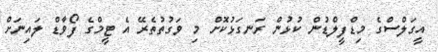
އީގަލްސްގެ މިޑްފީލްޑުން ކުޅުން ރަނގަޅުކޮށް މި ވަގުތުތެރޭ އެ ޓީމްގެ ފޯވާޑް ލައިނަށް